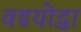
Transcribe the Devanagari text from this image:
वडयोद्धा